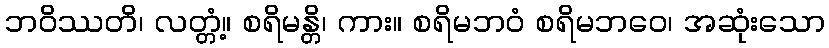
ဘဝိဿတိ၊ လတ္တံ့။ စရိမန္တိ၊ ကား။ စရိမဘဝံ စရိမဘဝေ၊ အဆုံးသော